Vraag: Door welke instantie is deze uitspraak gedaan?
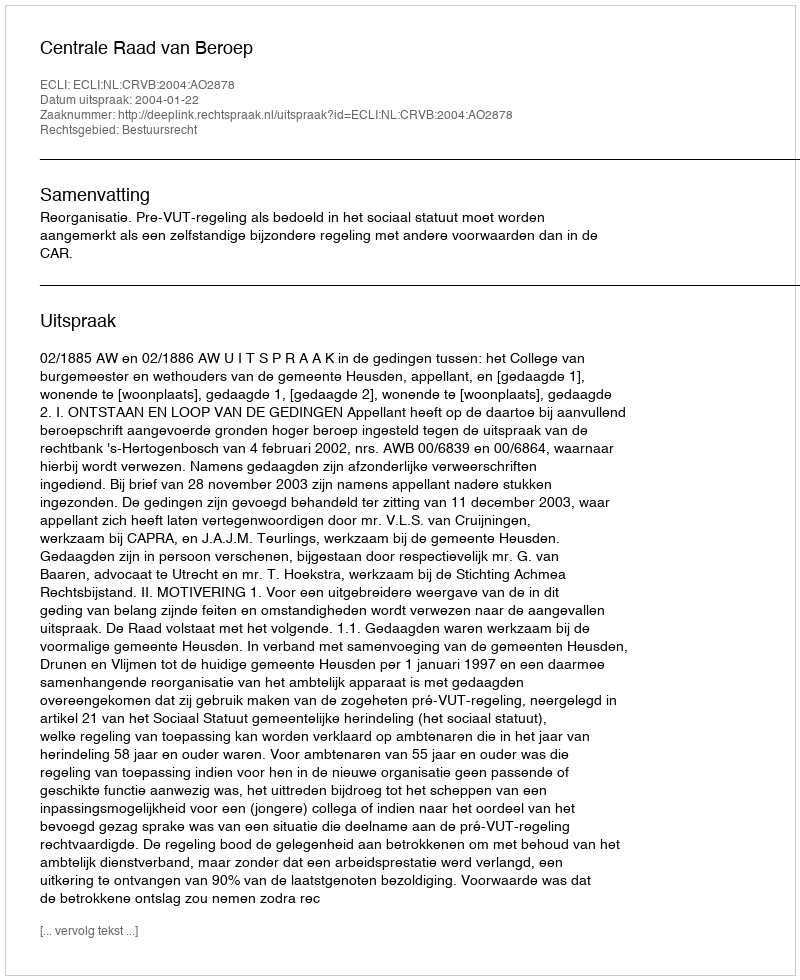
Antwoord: Centrale Raad van Beroep